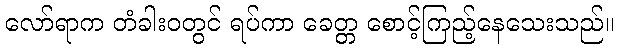
လော်ရာက တံခါးဝတွင် ရပ်ကာ ခေတ္တ စောင့်ကြည့်နေသေးသည်။